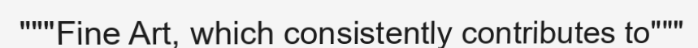
"""Fine Art, which consistently contributes to"""